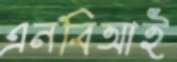
এনবিআই